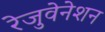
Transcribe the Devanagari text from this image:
रेजुवेनेशन